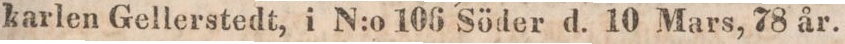
karlen Gellerstedt, i N:o 106 Söder d. 10 Mars, 78 år.